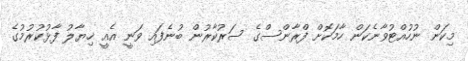
މިކަން ނުހުއްޓުވާނެކަން ހާމަކޮށް ފްރާންސްގެ ސަރުކާރުން ބުނެފައި ވަނީ އެއީ ޚިޔާލު ފާޅުކުރުމުގެ